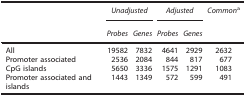
|  | <COLSPAN=2> Unadjusted | <COLSPAN=2> Adjusted | Commona |
 |  | Probes | Genes | Probes | Genes |  |
 | --- | --- | --- | --- | --- | --- |
 | All | 19582 | 7832 | 4641 | 2929 | 2632 |
 | Promoter associated | 2536 | 2084 | 844 | 817 | 677 |
 | CpG islands | 5650 | 3336 | 1575 | 1291 | 1083 |
 | Promoter associated and islands | 1443 | 1349 | 572 | 599 | 491 |